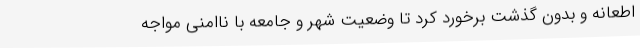
اطعانه و بدون گذشت برخورد کرد تا وضعیت شهر و جامعه با ناامنی مواجه